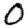
Digit: 0